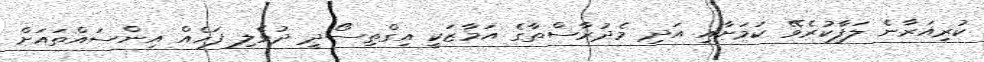
ކުރިއަރާނެ ލަފާކުރެވޭ ކަމަށާއި އަދި މެދުރާސްތާގެ އަމާޒަކީ އިގްތިސޯދީ ދުވެލި ފަހެެއް އިންސައްތައަށް